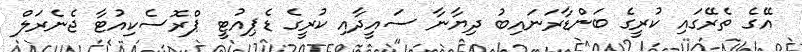
އޭގެ ތެރޭގައި ކުރީގެ ބަންޑާރަނައިބު ދިޔާނާ ސައީދާއި ކުރީގެ ޑެޕިއުޓީ ޕްރޮސެކިއުޓާ ޖެނެރަލް